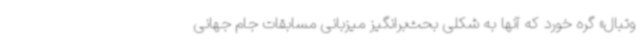
وتبال» گره خورد که آنها به شکلی بحث‌برانگیز میزبانی مسابقات جام‌ جهانی